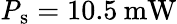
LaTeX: \mathrm{\mathit{P}_{s}}=10.5\: \mathrm{mW}